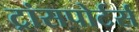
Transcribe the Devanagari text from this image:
ट्रांसपोर्टर्स